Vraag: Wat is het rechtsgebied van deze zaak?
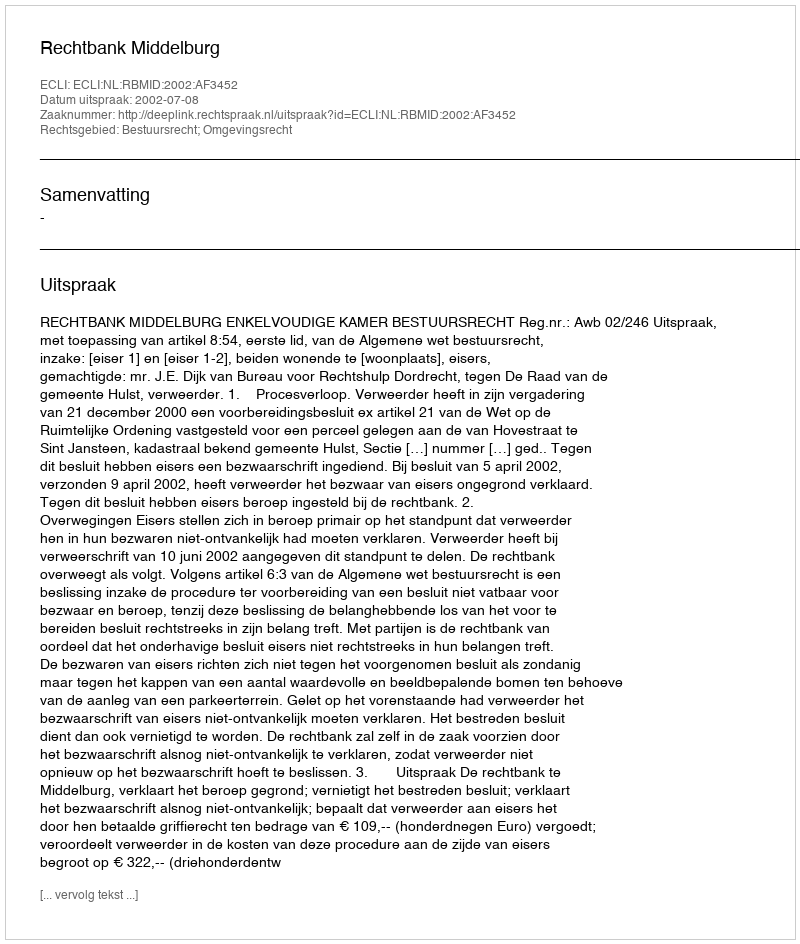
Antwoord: Bestuursrecht; Omgevingsrecht